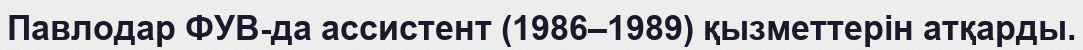
Павлодар ФУВ-да ассистент (1986–1989) қызметтерін атқарды.